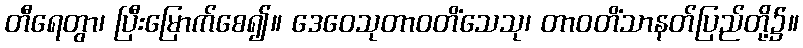
တီရေတွာ၊ ပြီးမြောက်စေ၍။ ဒေဝေသုတာဝတိံသေသု၊ တာဝတိံသာနတ်ပြည်တို့၌။